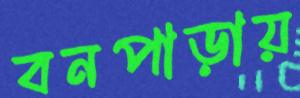
বনপাড়ায়